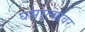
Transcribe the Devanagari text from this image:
घसरल्यावर